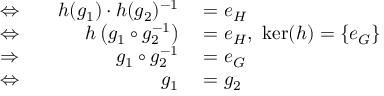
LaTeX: \begin{array} { r l r l } { \Leftrightarrow } & { { } } & { h ( g _ { 1 } ) \cdot h ( g _ { 2 } ) ^ { - 1 } } & { { } = e _ { H } } \\ { \Leftrightarrow } & { { } } & { h \left( g _ { 1 } \circ g _ { 2 } ^ { - 1 } \right) } & { { } = e _ { H } , \ \ker ( h ) = \{ e _ { G } \} } \\ { \Rightarrow } & { { } } & { g _ { 1 } \circ g _ { 2 } ^ { - 1 } } & { { } = e _ { G } } \\ { \Leftrightarrow } & { { } } & { g _ { 1 } } & { { } = g _ { 2 } } \end{array}